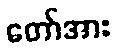
တော်အား